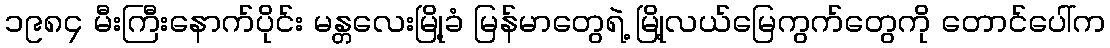
၁၉၈၄ မီးကြီးနောက်ပိုင်း မန္တလေးမြို့ခံ မြန်မာတွေရဲ့ မြို့လယ်မြေကွက်တွေကို တောင်ပေါ်က